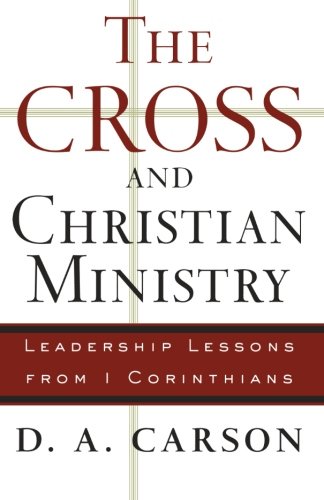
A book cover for The Cross and Christian Ministry: Leadership Lessons from 1 Corinthians; D. A. Carson; Christian Books & Bibles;